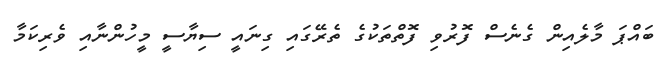
ބައްޕަ މާލެއިން ގެނެސް ފޮރުވި ފޮތްތަކުގެ ތެރޭގައި ގިނައީ ސިޔާސީ މީހުންނާއި ވެރިކަމާ